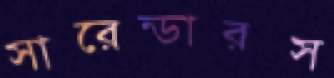
সারেন্ডারস